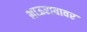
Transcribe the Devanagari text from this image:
भाऊरावावर